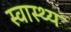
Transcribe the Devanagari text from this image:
स्‍वास्‍थ्य